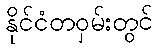
နိုင်ငံတဝှမ်းတွင်